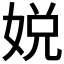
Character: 娧